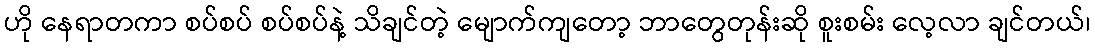
ဟို နေရာတကာ စပ်စပ် စပ်စပ်နဲ့ သိချင်တဲ့ မျောက်ကျတော့ ဘာတွေတုန်းဆို စူးစမ်း လေ့လာ ချင်တယ်၊